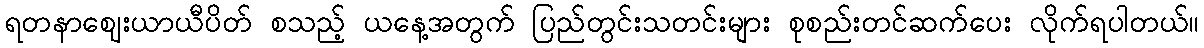
ရတနာဈေးယာယီပိတ် စသည့် ယနေ့အတွက် ပြည်တွင်းသတင်းများ စုစည်းတင်ဆက်ပေး လိုက်ရပါတယ်။